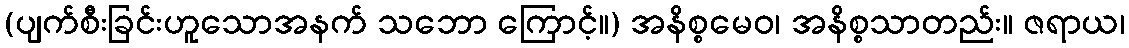
(ပျက်စီးခြင်းဟူသောအနက် သဘော ကြောင့်။) အနိစ္စမေဝ၊ အနိစ္စသာတည်း။ ဇရာယ၊